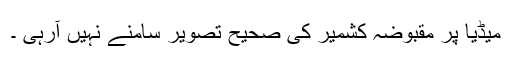
میڈیا پر مقبوضہ کشمیر کی صحیح تصویر سامنے نہیں آرہی ۔